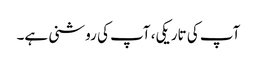
آپ کی تاریکی، آپ کی روشنی ہے۔